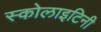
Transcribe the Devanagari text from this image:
स्कोलाइटिनी